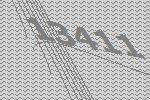
13411